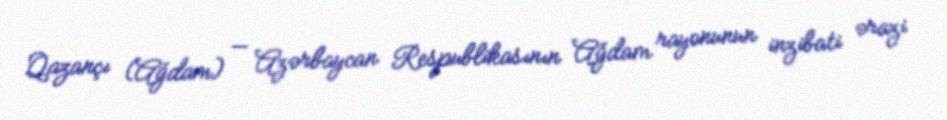
Qazançı (Ağdam) — Azərbaycan Respublikasının Ağdam rayonunun inzibati ərazi